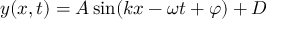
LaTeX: y ( x , t ) = A \sin ( k x - \omega t + \varphi ) + D